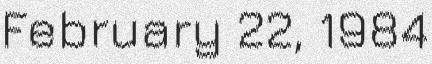
February 22, 1984